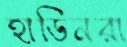
হাডিনরা